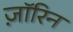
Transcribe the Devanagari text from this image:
ज़ॉरिन